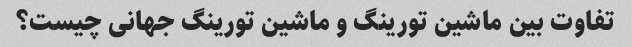
تفاوت بین ماشین تورینگ و ماشین تورینگ جهانی چیست؟